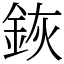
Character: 𨦗